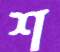
শ